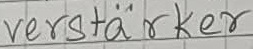
Text: verstärker